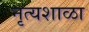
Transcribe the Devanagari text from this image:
नृत्यशाळा